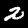
Digit: 2